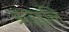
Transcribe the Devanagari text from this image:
ऋउइलि